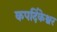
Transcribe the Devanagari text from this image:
कपर्दिकेश्वर